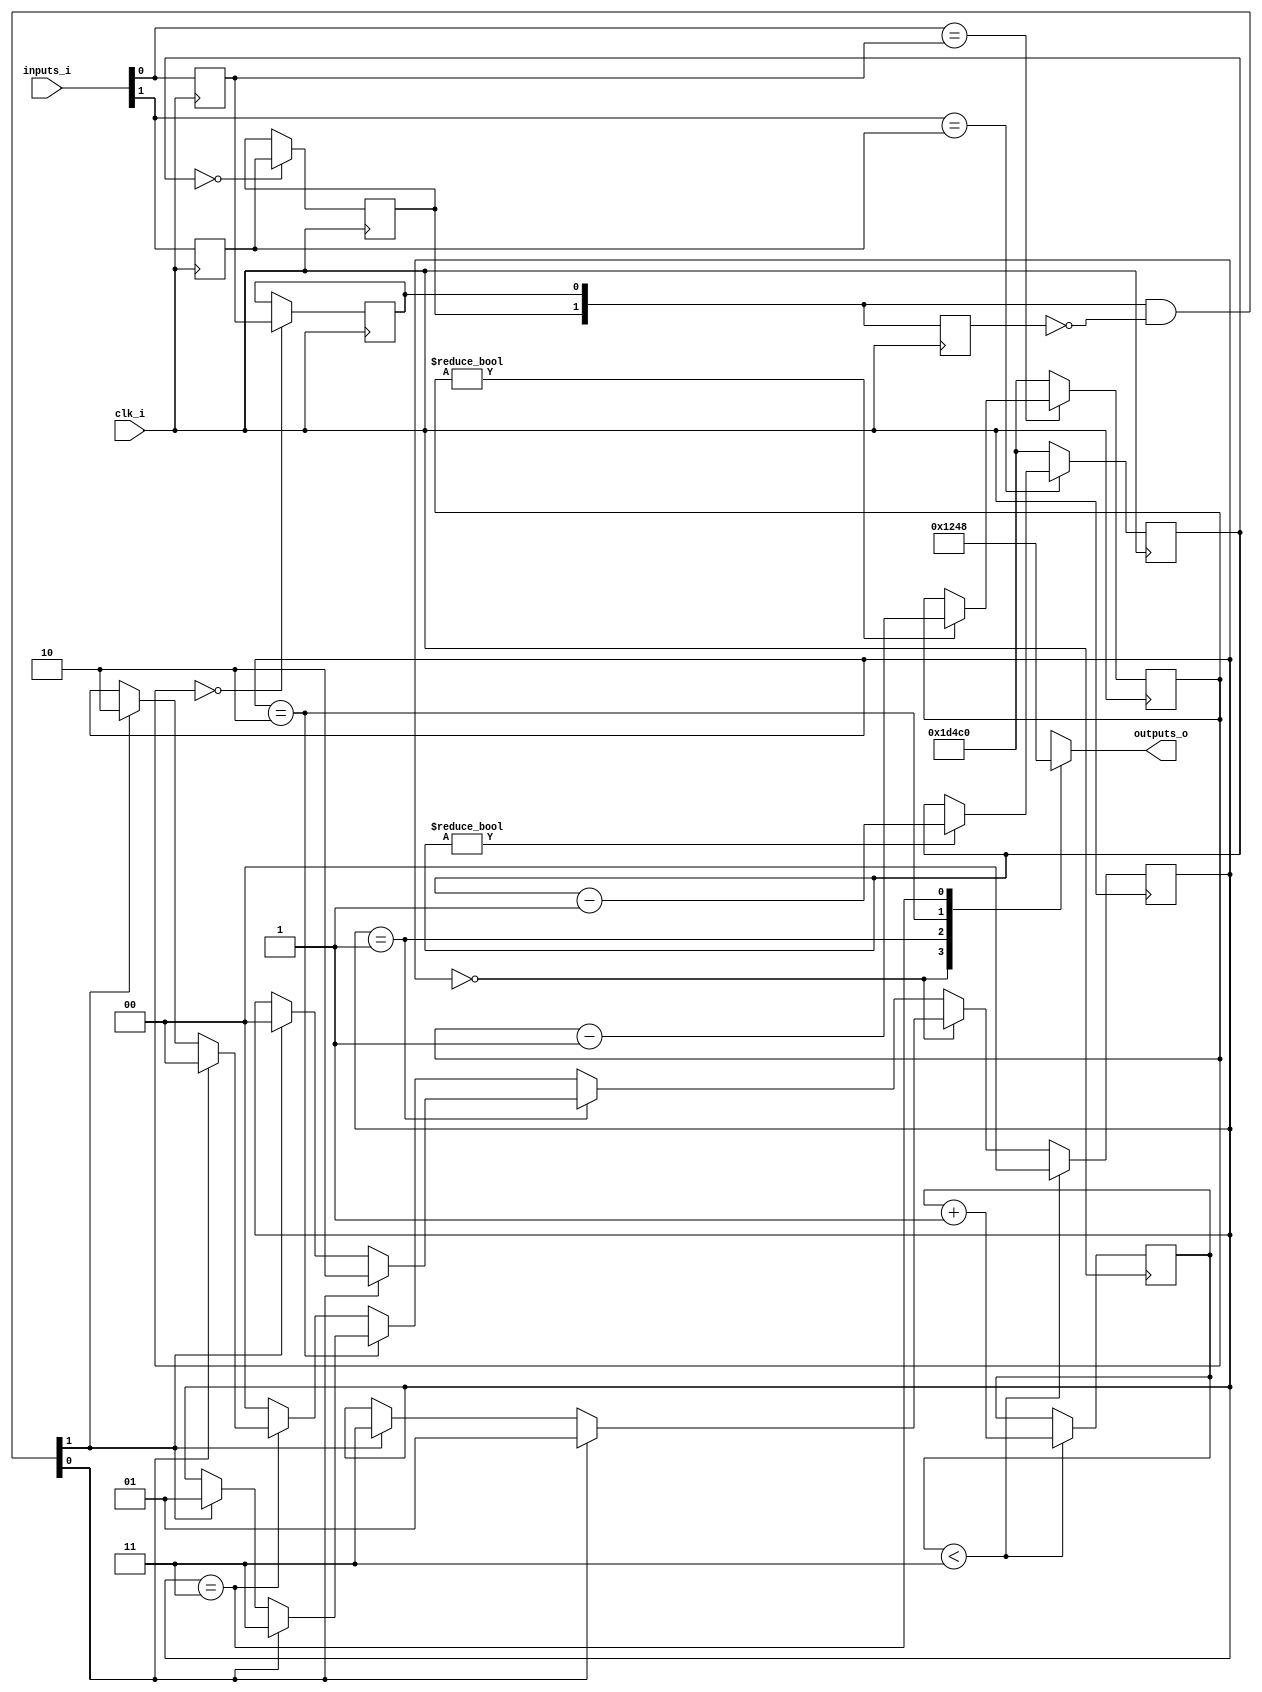
// Generated by MyHDL 0.11


`timescale 1ns/10ps

module classic_fsm (
    clk_i,
    inputs_i,
    outputs_o
);


input clk_i;
input [1:0] inputs_i;
output [3:0] outputs_o;
reg [3:0] outputs_o;

reg [1:0] reset_cnt;
wire [1:0] dbnc_inputs;
reg [1:0] prev_inputs;
reg [1:0] fsm_state;
wire [1:0] input_chgs;
reg [16:0] k_debounce_cnt;
reg k_prev_button;
reg k_button_o;
reg [16:0] chunk_insts_3_debounce_cnt;
reg chunk_insts_3_prev_button;
reg chunk_insts_3_button_o;
wire [1:0] chunk_insts_3_chunk_insts_4_a;

assign chunk_insts_3_chunk_insts_4_a[1] = k_button_o;
assign chunk_insts_3_chunk_insts_4_a[0] = chunk_insts_3_button_o;



assign input_chgs = (dbnc_inputs & (~prev_inputs));


always @(posedge clk_i) begin: CLASSIC_FSM_LOC_INSTS_CHUNK_INSTS_1
    if (($signed({1'b0, reset_cnt}) < (4 - 1))) begin
        fsm_state <= 2'b00;
        reset_cnt <= (reset_cnt + 1);
    end
    else if ((fsm_state == 2'b00)) begin
        if (input_chgs[0]) begin
            fsm_state <= 2'b01;
        end
        else if (input_chgs[1]) begin
            fsm_state <= 2'b11;
        end
    end
    else if ((fsm_state == 2'b01)) begin
        if (input_chgs[0]) begin
            fsm_state <= 2'b10;
        end
        else if (input_chgs[1]) begin
            fsm_state <= 2'b00;
        end
    end
    else if ((fsm_state == 2'b10)) begin
        if (input_chgs[0]) begin
            fsm_state <= 2'b11;
        end
        else if (input_chgs[1]) begin
            fsm_state <= 2'b01;
        end
    end
    else if ((fsm_state == 2'b11)) begin
        if (input_chgs[0]) begin
            fsm_state <= 2'b00;
        end
        else if (input_chgs[1]) begin
            fsm_state <= 2'b10;
        end
    end
    else begin
        fsm_state <= 2'b00;
    end
    prev_inputs <= dbnc_inputs;
end


always @(fsm_state) begin: CLASSIC_FSM_LOC_INSTS_CHUNK_INSTS_2_C
    case (fsm_state)
        2'b00: begin
            outputs_o = 1;
        end
        2'b01: begin
            outputs_o = 2;
        end
        2'b10: begin
            outputs_o = 4;
        end
        2'b11: begin
            outputs_o = 8;
        end
        default: begin
            outputs_o = 15;
        end
    endcase
end


always @(posedge clk_i) begin: CLASSIC_FSM_LOC_INSTS_CHUNK_INSTS_3_LOC_INSTS_CHUNK_INSTS_0
    if ((chunk_insts_3_debounce_cnt == 0)) begin
        chunk_insts_3_button_o <= chunk_insts_3_prev_button;
    end
end


always @(posedge clk_i) begin: CLASSIC_FSM_LOC_INSTS_CHUNK_INSTS_3_LOC_INSTS_CHUNK_INSTS_K
    if ((inputs_i[0] == chunk_insts_3_prev_button)) begin
        if ((chunk_insts_3_debounce_cnt != 0)) begin
            chunk_insts_3_debounce_cnt <= (chunk_insts_3_debounce_cnt - 1);
        end
    end
    else begin
        chunk_insts_3_debounce_cnt <= 120000;
    end
    chunk_insts_3_prev_button <= inputs_i[0];
end



assign dbnc_inputs = chunk_insts_3_chunk_insts_4_a;


always @(posedge clk_i) begin: CLASSIC_FSM_LOC_INSTS_CHUNK_INSTS_K_LOC_INSTS_CHUNK_INSTS_0
    if ((inputs_i[1] == k_prev_button)) begin
        if ((k_debounce_cnt != 0)) begin
            k_debounce_cnt <= (k_debounce_cnt - 1);
        end
    end
    else begin
        k_debounce_cnt <= 120000;
    end
    k_prev_button <= inputs_i[1];
end


always @(posedge clk_i) begin: CLASSIC_FSM_LOC_INSTS_CHUNK_INSTS_K_LOC_INSTS_CHUNK_INSTS_K
    if ((k_debounce_cnt == 0)) begin
        k_button_o <= k_prev_button;
    end
end

endmodule